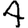
Digit: 4